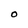
Character: O